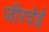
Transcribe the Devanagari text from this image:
जीरदेई